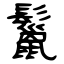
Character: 鬣